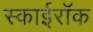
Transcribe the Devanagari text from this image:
स्काईरॉक